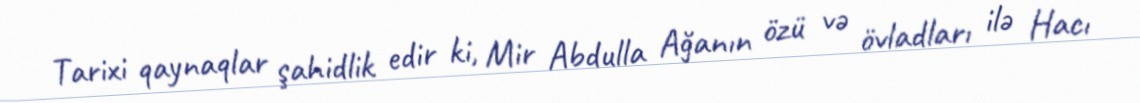
Tarixi qaynaqlar şahidlik edir ki, Mir Abdulla Ağanın özü və övladları ilə Hacı